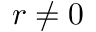
r \neq 0